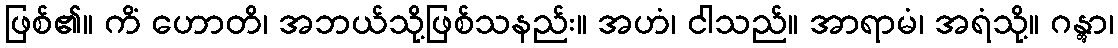
ဖြစ်၏။ ကိံ ဟောတိ၊ အဘယ်သို့ဖြစ်သနည်း။ အဟံ၊ ငါသည်။ အာရာမံ၊ အရံသို့။ ဂန္တွာ၊